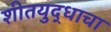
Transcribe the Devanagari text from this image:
शीतयुद्धाचा